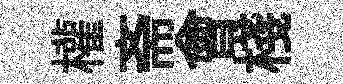
權斋會棧